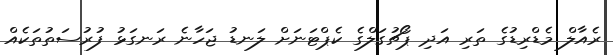
ރެއާލް މެޑްރިޑުގެ ތަރި އަދި ޕޯޗުގަލްގެ ކެޕްޓަނަށް ލަނޑު ޖަހާނެ ރަނގަޅު ފުރުސަތުތަކެއް